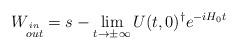
LaTeX: \begin{align*}W_{\stackrel{in}{out}}=s-\lim_{t \rightarrow \pm\infty}U(t,0)^{\dagger}e^{-iH_0t}\end{align*}